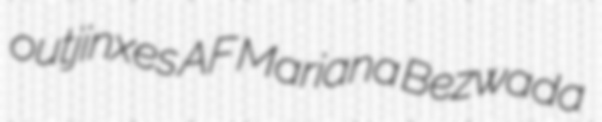
outjinxes AF Mariana Bezwada